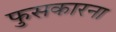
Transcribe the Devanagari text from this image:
फुसकारना